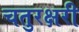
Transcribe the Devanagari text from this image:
चतुरक्षरी